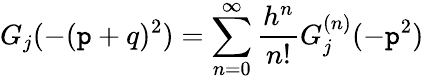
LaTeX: G_{j}(-(\mathtt{p}+q)^{2})=\sum_{n=0}^{\infty}{\frac{{h^{n}}}{{n!}}}G_{j}^{(n)}(-\mathtt{p}^{2})